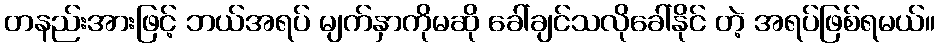
တနည်းအားဖြင့် ဘယ်အရပ် မျက်နှာကိုမဆို ခေါ်ချင်သလိုခေါ်နိုင် တဲ့ အရပ်ဖြစ်ရမယ်။